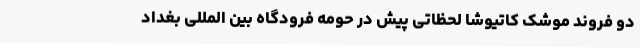
دو فروند موشک کاتیوشا لحظاتی پیش در حومه فرودگاه بین المللی بغداد